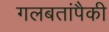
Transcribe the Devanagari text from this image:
गलबतांपैकी